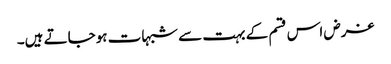
غرض اس قسم کے بہت سے شبہات ہوجاتے ہیں۔